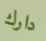
دارك